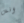
انس